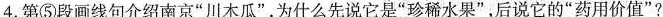
4.第⑤段画线句介绍南京“川木瓜”，为什么先说它是”珍稀水果”，后说它的”药用价值”?